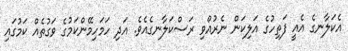
އެކަލާނގެ އެއީ ފަތިހުގެ އަލިކަން ނެރުއްވި ރަސްކަލާނގެއެވެ. އަދި ހަމަހިމޭންކަމުގެ ވަގުތެއް ކަމުގައި